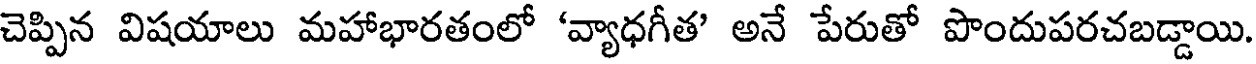
చెప్పిన విషయాలు మహాభారతంలో 'వ్యాధగీత' అనే పేరుతో పొందుపరచబడ్డాయి